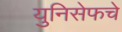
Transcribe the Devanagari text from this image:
युनिसेफचे